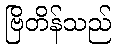
ဗြိတိန်သည်